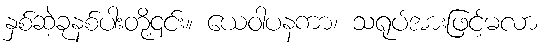
နှစ်ဆဲ့ခုနစ်ပါးတို့၎င်း။ ယေဝါပနကာ၊ သရုပ်အားဖြင့်မလာ